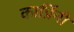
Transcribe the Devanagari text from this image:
कार्प्रिनी